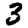
Digit: 3